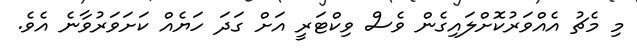
މި މެޗު އެއްވަރުކޮށްލައިގެން ވެސް ވިކްޓަރީ އަށް ގަދަ ހަޔެއް ކަށަވަރުވާނެ އެވެ.